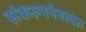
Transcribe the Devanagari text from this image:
संकल्पनेबाबत